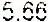
5.66